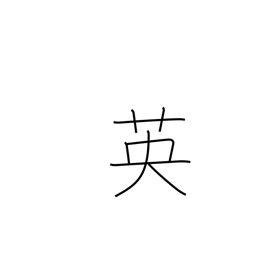
Meaning: England